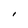
Character: I